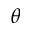
\theta